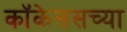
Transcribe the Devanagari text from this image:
कॉकेससच्या